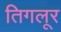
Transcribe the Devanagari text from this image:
तिगलूर